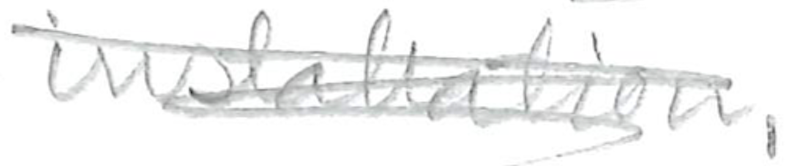
Text: installation.
Cross-out: scratch
Writing tool: pencil